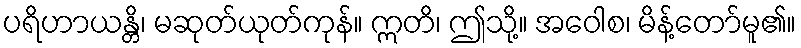
ပရိဟာယန္တိ၊ မဆုတ်ယုတ်ကုန်။ ဣတိ၊ ဤသို့။ အဝေါစ၊ မိန့်တော်မူ၏။